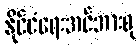
နိုင်ငံရေးအင်အားစု